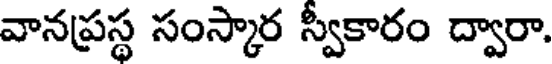
వానప్రస్థ సంస్కార స్వీకారం ద్వారా.